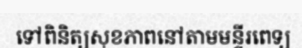
ទៅពិនិត្យសុខភាពនៅតាមមន្ទីរពេទ្យ